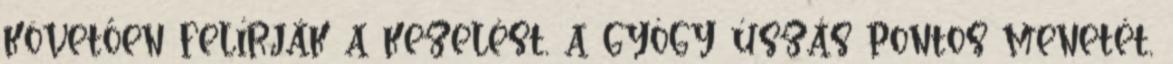
követően felírják a kezelést, a gyógy úszás pontos menetét,